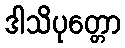
ဒါသိပုတ္တော